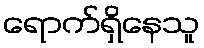
ရောက်ရှိနေသူ